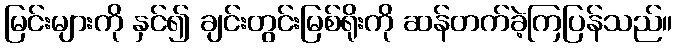
မြင်းများကို နှင်၍ ချင်းတွင်းမြစ်ရိုးကို ဆန်တက်ခဲ့ကြပြန်သည်။